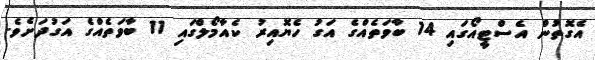
އެގޮތުން އެސްޓީއޯގައި 14 ބާވަތެއްގެ އަގު ހެޔޮއިރު ކެއާމޯލްގައި 11 ބާވަތެއްގެ އަގުދަށެވެ.